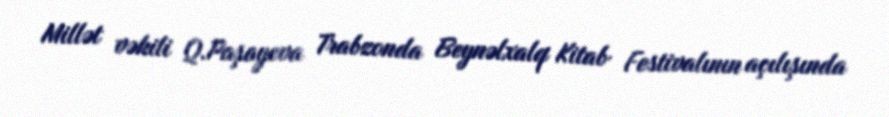
Millət vəkili Q.Paşayeva Trabzonda Beynəlxalq Kitab Festivalının açılışında